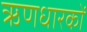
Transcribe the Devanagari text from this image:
ऋणधारकों